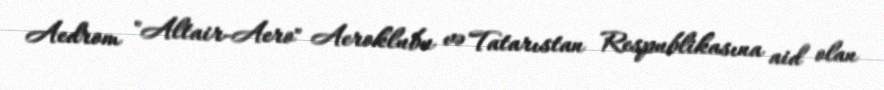
Aedrom "Altair-Aero" Aeroklubu və Tatarıstan Respublikasına aid olan